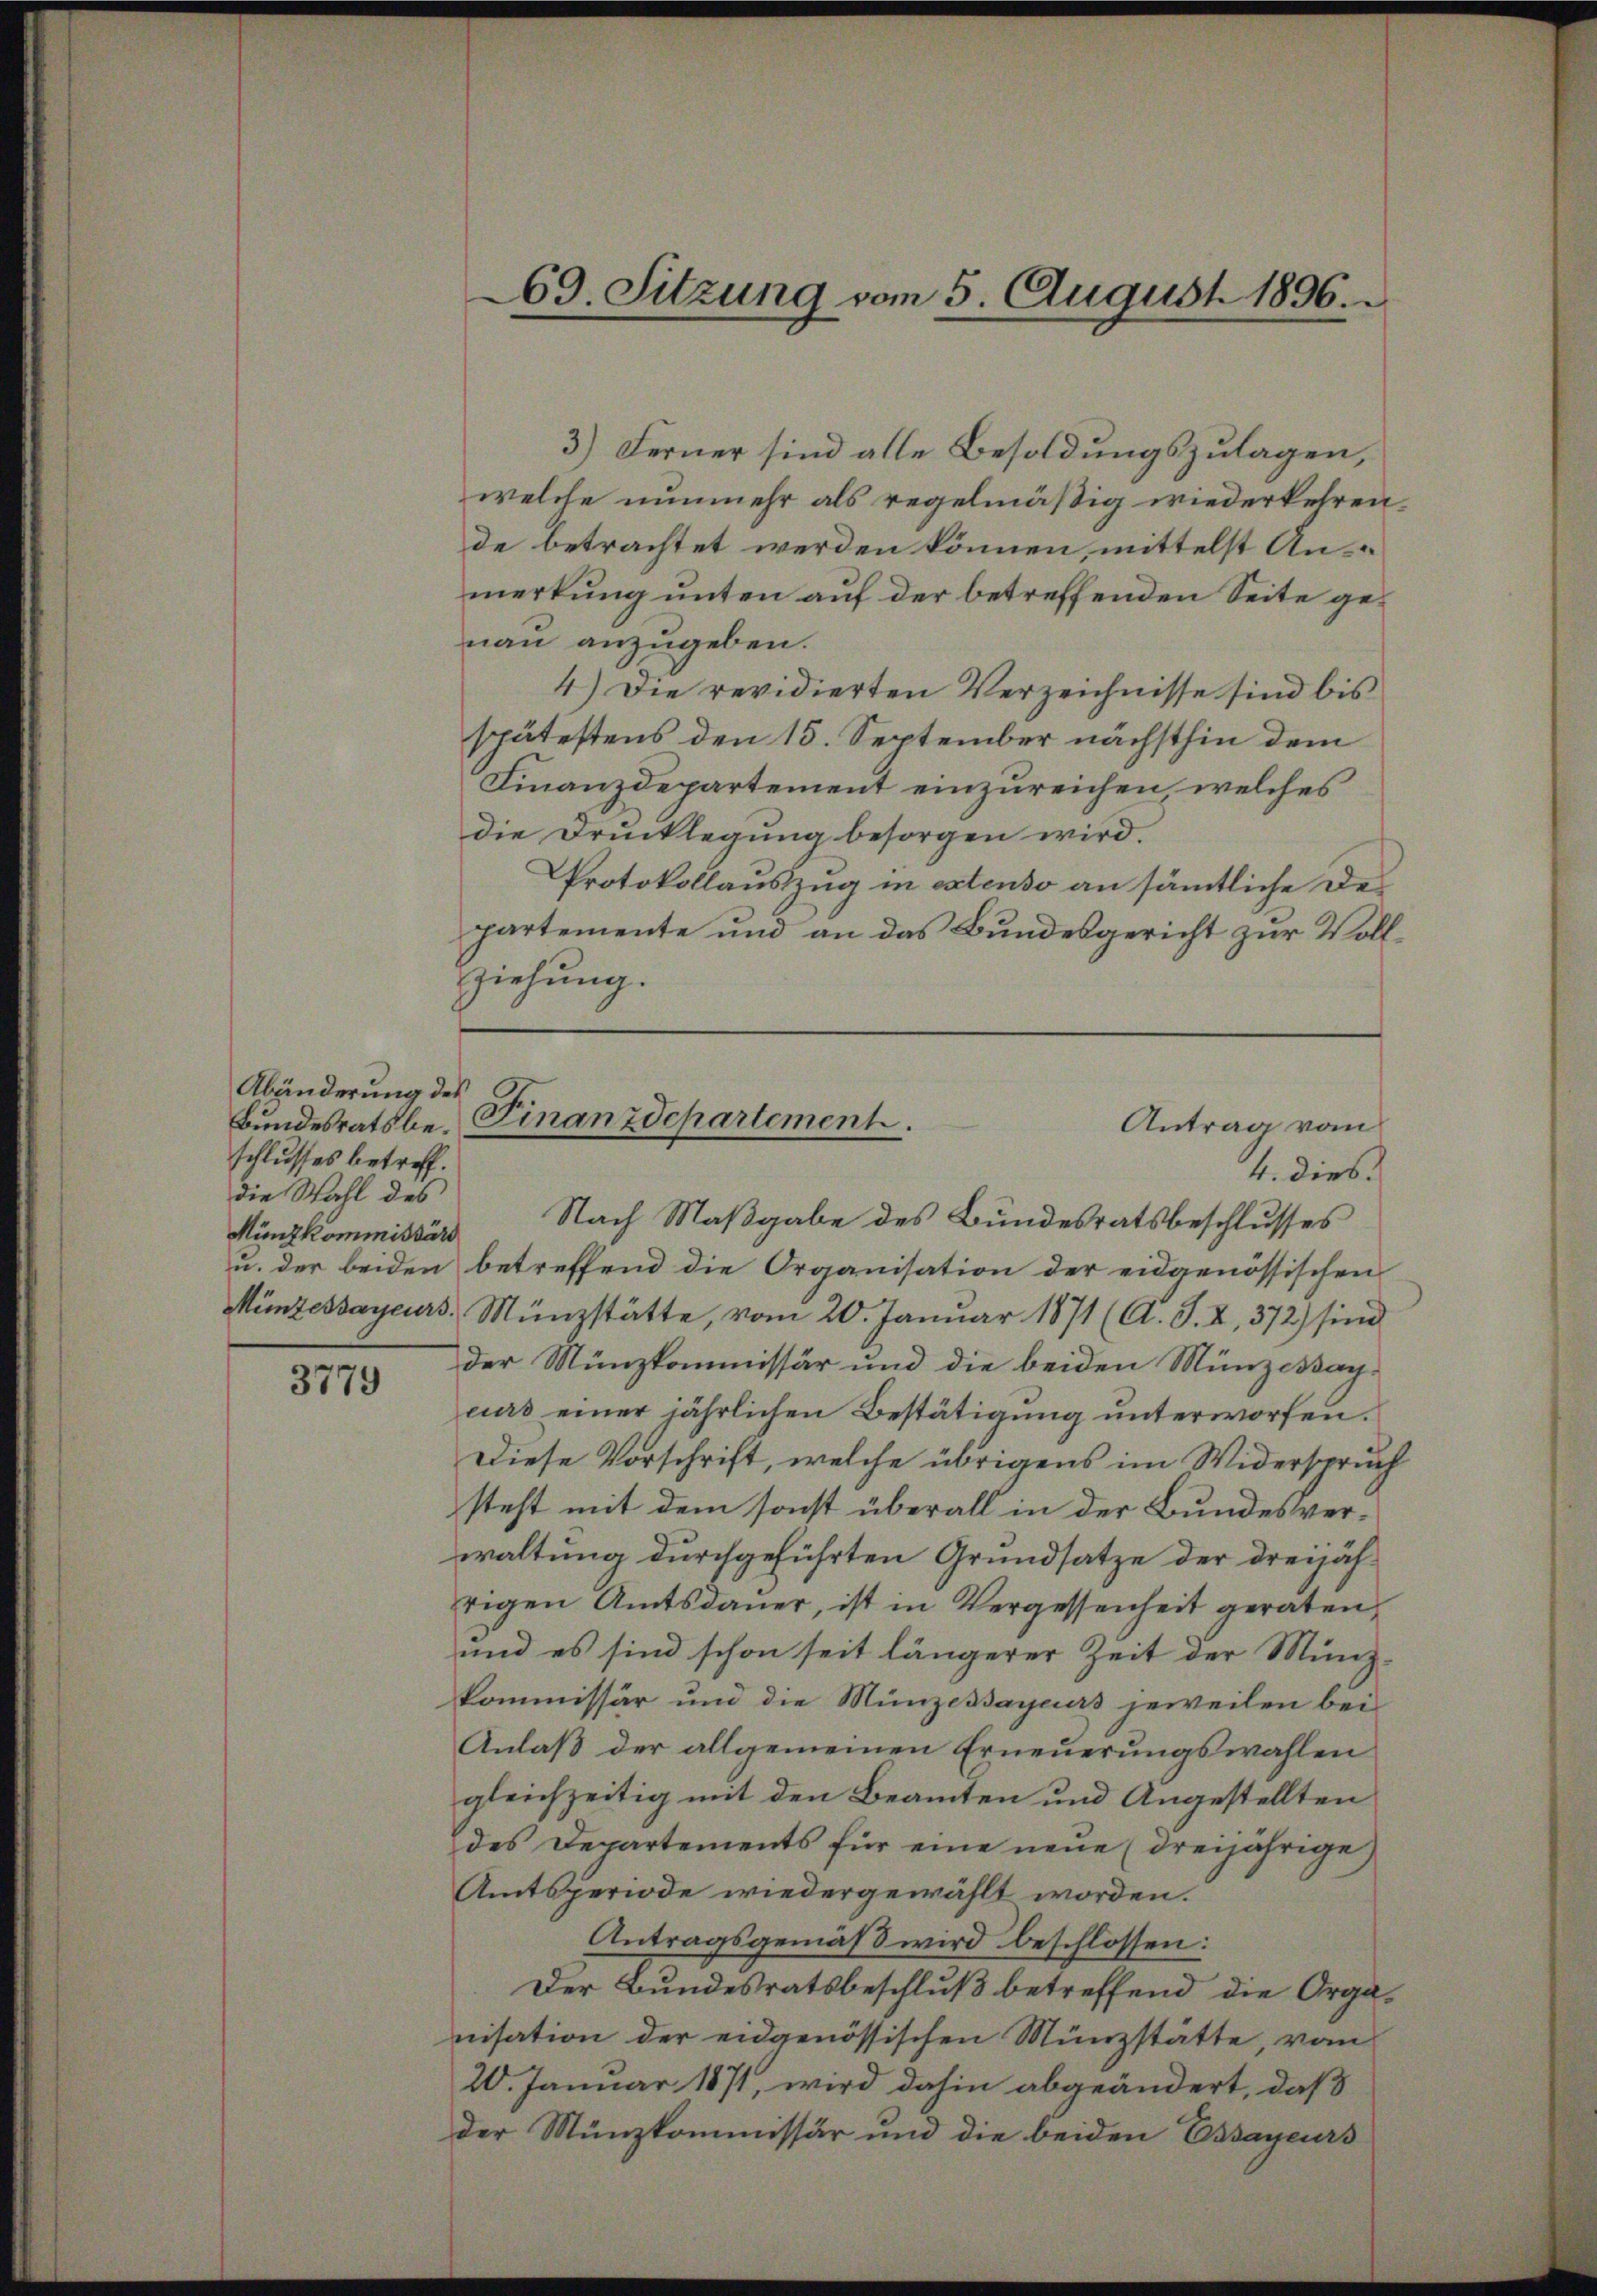
Abänderung des
Bundesrats beschlusses betreff.
die Wahl des
Münzkommissär

3779

3) Ferner sind alle Besoldungszulagen,
welche nunmehr als regelmäßig wiederkehren,
de betrachtet werden können, mittelst Anmerkung unten auf der betreffenden Seite genau anzugeben.
4.) Die revidierten Verzeichnisse sind bis
spätestens den 15. September nächsthin dem
Finanzdepartement einzureichen welches
die Drucklegung besorgen wird.
Protokollauszug in extenso an sämmtliche Des
partemente und an das Bundesgericht zur Vollziehung.

69. Sitzung vom 5. August 1896.

4. dies
Nach Maßgabe des Bundesratsbeschlusses
u. der beiden betreffend die Organisation der eidgenössischen
Münzessayeurs, Münzstätte, vom 20. Januar 1871 (A. S. X, 372) sind
der Münzkommissär und die beiden Münze Kaycurs einer jährlichen Bestätigung unterworfen.
Diese Vorschrift, welche übrigens im Widerspruch
steht mit dem sonst überall in der Bundesverwaltung durchgeführten Grundsatze der dreijähtigen Amtsdauer, ist in Vergessenheit geraten,
und es sind schon seit längerer Zeit der Münzkommissär und die Münzessayeurs jeweilen bei
Anlaß der allgemeinen Erneuerungswahlen
gleichzeitig mit den Beamten und Angestellten
des Departements für eine neŭe (dreijährige
Amtsperiode wiedergewählt worden.
Antragsgemäß wird beschlossen:
Der Bundesratsbeschluß betreffend die Organisation der eidgenössischen Münzstätte, von
20. Januar 1871, wird dahin abgeändert, daß
der Münzkommissär und die beiden Essayeurs

Finanzdepartement.
Antrag vom